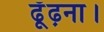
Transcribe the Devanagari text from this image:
ढूँढ़ना।